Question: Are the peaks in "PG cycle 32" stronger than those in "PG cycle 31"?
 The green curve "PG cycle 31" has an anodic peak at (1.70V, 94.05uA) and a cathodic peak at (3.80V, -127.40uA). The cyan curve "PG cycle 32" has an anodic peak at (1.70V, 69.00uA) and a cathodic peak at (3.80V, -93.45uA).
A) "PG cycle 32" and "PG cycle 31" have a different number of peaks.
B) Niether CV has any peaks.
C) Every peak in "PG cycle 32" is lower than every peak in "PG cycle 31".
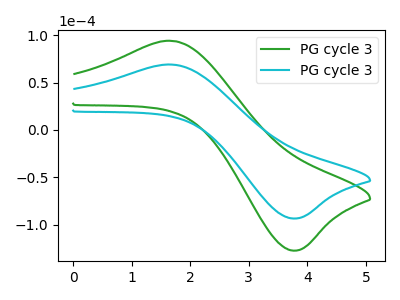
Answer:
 <answer>C) Every peak in "PG cycle 32" is lower than every peak in "PG cycle 31".</answer>
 <eval>C</eval>